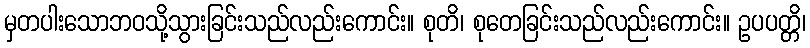
မှတပါးသောဘဝသို့သွားခြင်းသည်လည်းကောင်း။ စုတိ၊ စုတေခြင်းသည်လည်းကောင်း။ ဥပပတ္တိ၊